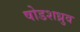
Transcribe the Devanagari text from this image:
षोडशध्रुव